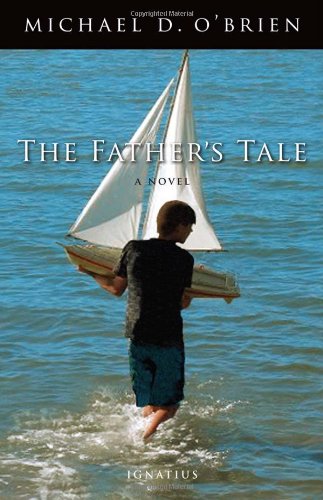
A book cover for The Father's Tale: A Novel; Michael O'Brien; Literature & Fiction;